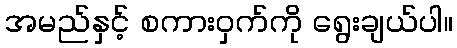
အမည်နှင့် စကားဝှက်ကို ရွေးချယ်ပါ။